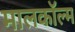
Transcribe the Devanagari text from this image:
मालकॉल्म